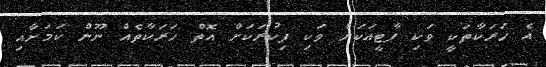
އެ ހަރަކާތަކީ ވަކި ޕާޓީއަކަށް ވަކި ފިކުރަކަށް އޮތް ހަރަކާތެއް ނޫން ކަމަށާއި